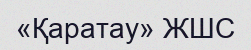
«Қаратау» ЖШС